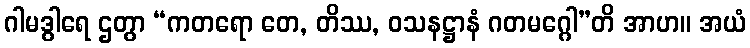
ဂါမဒွါရေ ဌတွာ “ကတရော တေ, တိဿ, ဝသနဋ္ဌာနံ ဂတမဂ္ဂေါ”တိ အာဟ။ အယံ